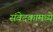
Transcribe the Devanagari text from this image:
संवेदकामध्ये